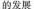
的发展